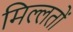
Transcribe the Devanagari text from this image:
मिल्लतों